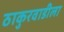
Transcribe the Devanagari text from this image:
ठाकुरवाडीला